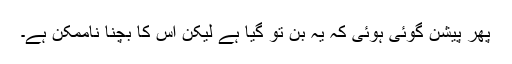
پھر پیشن گوئی ہوئی کہ یہ بن تو گیا ہے لیکن اس کا بچنا ناممکن ہے۔